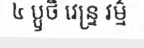
៤ ប្ឫថិ វេន្ទ្រ វម៌្ម